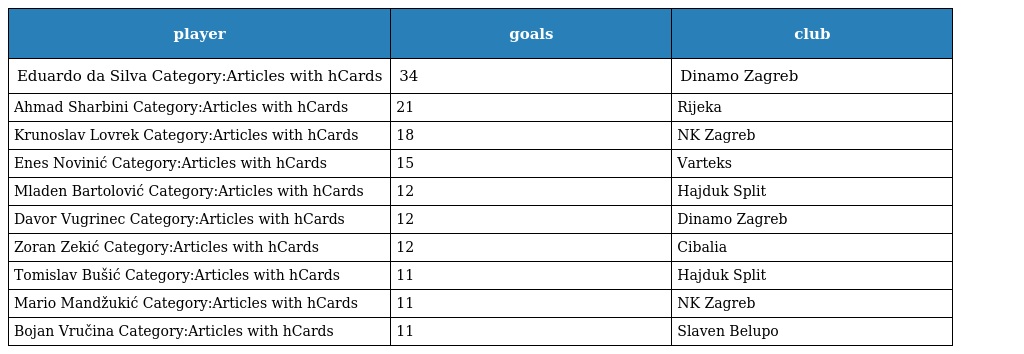
| player | goals | club |
 | --- | --- | --- |
 | Eduardo da Silva Category:Articles with hCards | 34 | Dinamo Zagreb |
 | Ahmad Sharbini Category:Articles with hCards | 21 | Rijeka |
 | Krunoslav Lovrek Category:Articles with hCards | 18 | NK Zagreb |
 | Enes Novinić Category:Articles with hCards | 15 | Varteks |
 | Mladen Bartolović Category:Articles with hCards | 12 | Hajduk Split |
 | Davor Vugrinec Category:Articles with hCards | 12 | Dinamo Zagreb |
 | Zoran Zekić Category:Articles with hCards | 12 | Cibalia |
 | Tomislav Bušić Category:Articles with hCards | 11 | Hajduk Split |
 | Mario Mandžukić Category:Articles with hCards | 11 | NK Zagreb |
 | Bojan Vručina Category:Articles with hCards | 11 | Slaven Belupo |